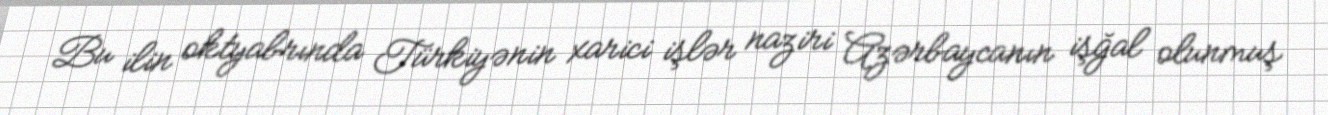
Bu ilin oktyabrında Türkiyənin xarici işlər naziri Azərbaycanın işğal olunmuş